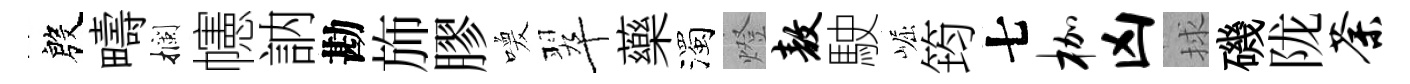
殷疇攔幰訥勘斾膠喚翠藥濁燈敖駛崛筠七枷凶捄磯陇荼